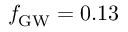
\ensuremath { f _ { \mathrm { G W } } } = 0 . 1 3